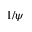
1 / \psi